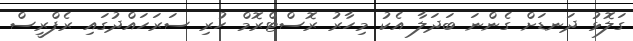
ގަލޮޅު ދަނޑަށް ގެންނަ ބަދަލާ އެކު މިހާރު ރޮސްޓްރޮމް ހުރި ސަރަހައްދުގައި ރެފްރީސް